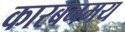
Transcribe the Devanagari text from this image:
कारबनमय